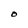
Character: O